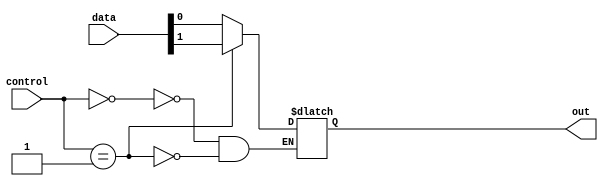
module mux_1024_1 (
    input [1023:0] data,
    input [9:0] control,
    output reg out
);
    
always @(*) begin
    case (control)
        10'b0000000000: out = data[0];
        10'b0000000001: out = data[1];
        // Add cases for all 1024 input signals
    endcase
end

endmodule